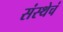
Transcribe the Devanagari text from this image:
संस्थेचं